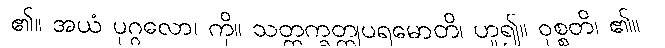
၏။ အယံ ပုဂ္ဂလော၊ ကို။ သတ္တက္ခတ္တုပရမောတိ၊ ဟူ၍။ ဝုစ္စတိ၊ ၏။